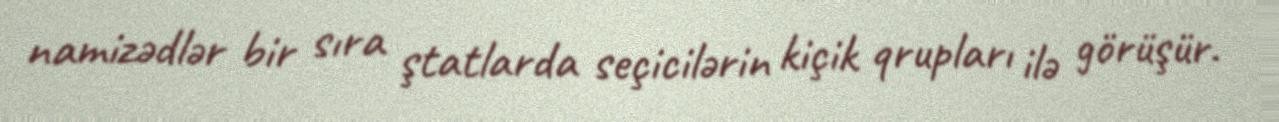
namizədlər bir sıra ştatlarda seçicilərin kiçik qrupları ilə görüşür.